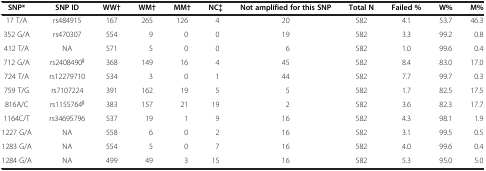
<table><thead><tr><td><b>SNP*</b></td><td><b>SNP ID</b></td><td><b>WW†</b></td><td><b>WM†</b></td><td><b>MM†</b></td><td><b>NC‡</b></td><td><b>Not amplified for this SNP</b></td><td><b>Total N</b></td><td><b>Failed %</b></td><td><b>W%</b></td><td><b>M%</b></td></tr></thead><tbody><tr><td>17 T/A</td><td>rs484915</td><td>167</td><td>265</td><td>126</td><td>4</td><td>20</td><td>582</td><td>4.1</td><td>53.7</td><td>46.3</td></tr><tr><td>352 G/A</td><td>rs470307</td><td>554</td><td>9</td><td>0</td><td>0</td><td>19</td><td>582</td><td>3.3</td><td>99.2</td><td>0.8</td></tr><tr><td>412 T/A</td><td>NA</td><td>571</td><td>5</td><td>0</td><td>0</td><td>6</td><td>582</td><td>1.0</td><td>99.6</td><td>0.4</td></tr><tr><td>712 G/A</td><td>rs2408490<sup>§</sup></td><td>368</td><td>149</td><td>16</td><td>4</td><td>45</td><td>582</td><td>8.4</td><td>83.0</td><td>17.0</td></tr><tr><td>724 T/A</td><td>rs12279710</td><td>534</td><td>3</td><td>0</td><td>1</td><td>44</td><td>582</td><td>7.7</td><td>99.7</td><td>0.3</td></tr><tr><td>759 T/G</td><td>rs7107224</td><td>391</td><td>162</td><td>19</td><td>5</td><td>5</td><td>582</td><td>1.7</td><td>82.5</td><td>17.5</td></tr><tr><td>816A/C</td><td>rs1155764<sup>§</sup></td><td>383</td><td>157</td><td>21</td><td>19</td><td>2</td><td>582</td><td>3.6</td><td>82.3</td><td>17.7</td></tr><tr><td>1164C/T</td><td>rs34695796</td><td>537</td><td>19</td><td>1</td><td>9</td><td>16</td><td>582</td><td>4.3</td><td>98.1</td><td>1.9</td></tr><tr><td>1227 G/A</td><td>NA</td><td>558</td><td>6</td><td>0</td><td>2</td><td>16</td><td>582</td><td>3.1</td><td>99.5</td><td>0.5</td></tr><tr><td>1283 G/A</td><td>NA</td><td>554</td><td>5</td><td>0</td><td>7</td><td>16</td><td>582</td><td>4.0</td><td>99.6</td><td>0.4</td></tr><tr><td>1284 G/A</td><td>NA</td><td>499</td><td>49</td><td>3</td><td>15</td><td>16</td><td>582</td><td>5.3</td><td>95.0</td><td>5.0</td></tr></tbody></table>